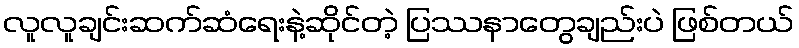
လူလူချင်းဆက်ဆံရေးနဲ့ဆိုင်တဲ့ ပြဿနာတွေချည်းပဲ ဖြစ်တယ်